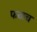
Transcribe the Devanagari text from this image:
फळच